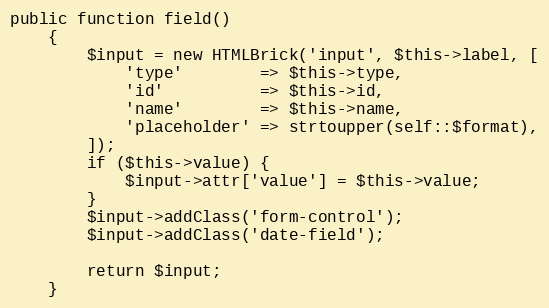
Language: PHP
public function field()
    {
        $input = new HTMLBrick('input', $this->label, [
            'type'        => $this->type,
            'id'          => $this->id,
            'name'        => $this->name,
            'placeholder' => strtoupper(self::$format),
        ]);
        if ($this->value) {
            $input->attr['value'] = $this->value;
        }
        $input->addClass('form-control');
        $input->addClass('date-field');

        return $input;
    }